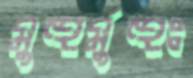
মুহুর্মুহুঃ